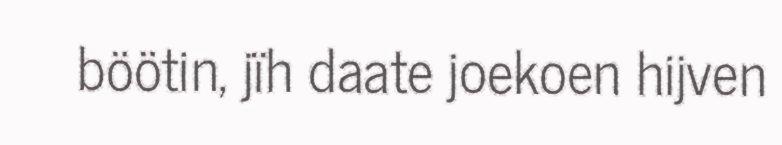
böötin, jïh daate joekoen hijven